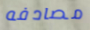
مصادفه